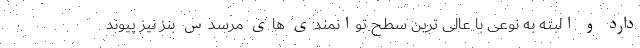
دارد و البته به نوعی با عالی ترین سطح توانمندی های مرسدس بنز نیز پیوند